Report on the treatment of epidemic cholera: from information collected by the governments of Bengal, Madras, Bombay, N.W. Provinces, Punjab, Oudh, and Central India, by order of the Government of India
Disease focus: Cholera
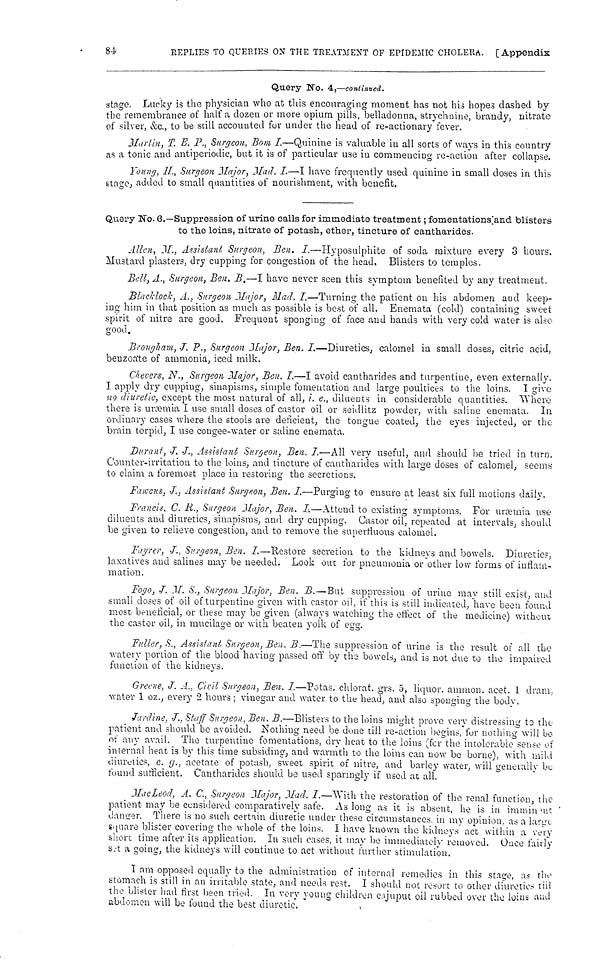
84.
REPLIES TO QUERIES ON THE TREATMENT OP EPIDEMIC CHOLERA. [Appendix
Query Wo. 4,—continued.
stage. Lucky is the physician who at this encouraging moment has not his hopes dashed by
the remembrance of half a dozen or more opium pills, belladonna, strychnine, brandy, nitrate
of silver, &c, to be still accounted for under the head of re-actionary fever.
Martin, T. E. F., Surgeon, Bom I.—Quinine is valuable in all sorts of ways in this country
as a tonic and antiperiodic, but it is of particular use in commencing re-action after collapse.
Young, IL, Surgeon Major, Mad. I.—I have frequently used quinine in small doses in this
stage, added to small quantities of nourishment, with benefit.
Query No. 6.—Suppression of urine calls for immediate treatment ; fomentations and blisters
to the loins, nitrate of potash, ether, tincture of cantharides.
Allen, M., Assistant Surgeon, Ben. I.—Hyposulphite of soda mixture every 3 hours.
Mustard plasters, dry cupping for congestion of the head. Blisters to templos.
Bell, A., Surgeon, Ben. B.—I have never seen this symptom benefited by any treatment.
Blacklock, A., Surgeon, Major, Mad. I.—Turning the patient on his abdomen and keep-
ing him in that position as much as possible is best of all. Enemata (cold) containing sweet
spirit of nitre are good. Frequent sponging of face and hands with very cold water is also
good.
Brougham, J. P., Surgeon Major, Ben. I.—Diuretics, calomel in small doses, citric acid,
benzoate of ammonia, iced milk.
Chevers, N., Surgeon Major, Ben. I.—I avoid cantharides and turpentine, even externally.
I apply dry cupping, sinapisms, simple fomentation and large poultices to the loins. I give
no diuretic, except the most natural of all, i. e., diluents in considerable quantities. "Where
there is uræmia I use small doses of castor oil or seidlitz powder, with saline enemata. In
ordinary cases where the stools are deficient, the tongue coated, the eyes injected, or the
Durant, J. J., Assistant Surgeon, Ben. I.—All very useful, and should be tried in turn.
Counter-irritation to the loins, and tincture of cantharides with large doses of calomel, seems
to claim a foremost place in restoring the secretions.
Faucs, J., Assistant Surgeon, Ben. I.—Purging to ensure at least six full motions daily.
Francis, C. R., Surgeon Major, Ben. I.—Attend to existing symptoms. For uræmia use
diluents and diuretics, sinapisms, and dry cupping. Castor oil, repeated at intervals, should
be given to relieve congestion, and to remove the superfluous calomel.
Fayrer, J., Surgeon, Ben. I.—"Restore secretion to the kidneys and bowels. Diuretics,
laxatives and salines may be needed. Look out for pneumonia or "other low forms of inflam-
mation.
Fogo, J. M. S., Surgeon Major, Ben. B.—But suppression of urine may still exist, and
small doses of oil of turpentine given with castor oil, if this is still indicated, have been found
most beneficial, or these may be given (always watching the effect of the medicine) without
the castor oil, in mucilage or with beaten yolk of egg.
Fuller, S., Assistant Surgeon, Ben. B.—The suppression of urine is the result of all the
watery portion of the blood having passed off by the bowels, and is not due to the impaired
function of the kidneys.
Greene, J. A., Civil Surgeon, Ben. I.—Potas, chlorat. grs. 3, liquor. ammon. acet. 1 dram,
water 1 oz., every 2 hours ; vinegar and water to the head, and also sponging the body.
Jardine, J., Staff Surgeon, Ben. B.—Blisters to the loins might prove very distressing to the
patient and should be avoided. Nothing need be dune till re-action begins/for nothing will be
of any avail. The turpentine fomentations, dry heat to the loins (for the intolerable sense of
internal heat is by this time subsiding, and warmth to the loins can now be borne), with mild
diuretics e. g., acetate of potash, sweet spirit of nitre, and barley water, will generally be
found sufficient. Cantharides should be used sparingly if used at all.
MacLeod, A. C., Surgeon Major, Mad. I.—With the restoration of the renal function, the
patient may be considered comparatively safe. As long as it is absent, he is in imminent
danger. There is no such certain diuretic under these circumstances in my opinion as a large.
square blister covering the whole of the loins. I have known the kidneys' act within a very
short time after its application. In such cases, it may he immediately removed. Once fairly
set a going, the kidneys will continue to act without further stimulation.
I am opposed equally to the administration of internal remedies in this stage, as the
stomach is still in an irritable state, and needs rest. I should not resort to other diuretics till
the blister had first been tried. In very young children cajuput oil rubbed over the loins and
abdomen will be found the best diuretic.